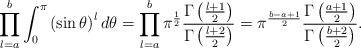
\begin{align*} \prod_{l=a}^{b}\int_{0}^{\pi}\left(\sin\theta\right)^l d\theta = \prod_{l=a}^{b}\pi^{\frac{1}{2}}\frac{\Gamma\left(\frac{l+1}{2}\right)}{\Gamma\left(\frac{l+2}{2}\right)} = \pi^{\frac{b-a+1}{2}}\frac{\Gamma\left(\frac{a+1}{2}\right)}{\Gamma\left(\frac{b+2}{2}\right)}. \end{align*}